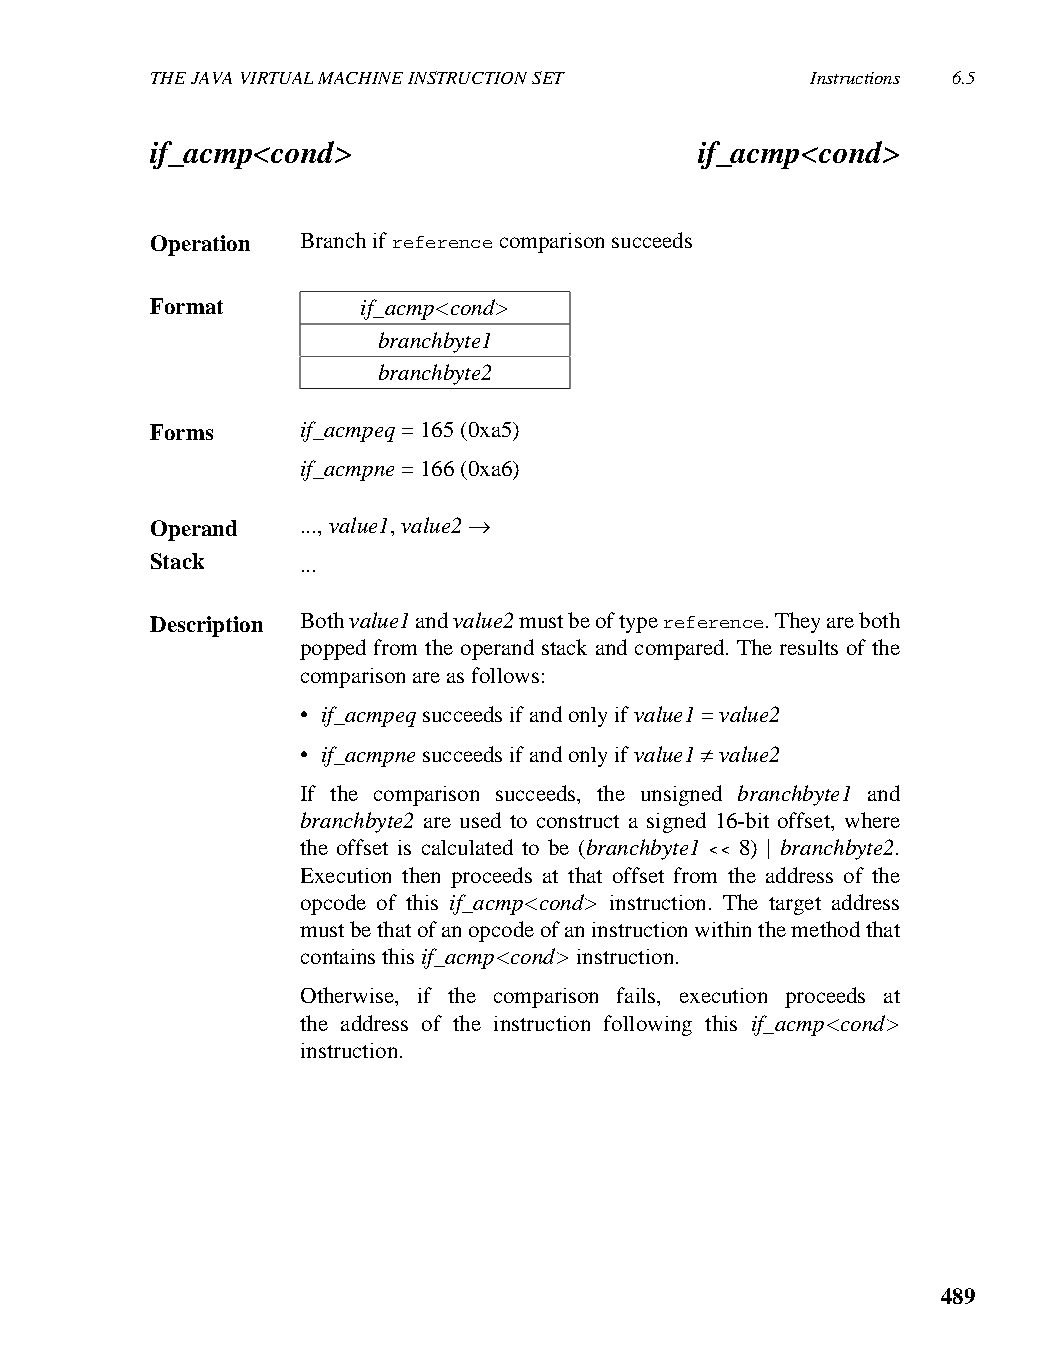
THE JAVA VIRTUAL MACHINE INSTRUCTION SET    Instructions 6.5
 if_acmp<cond>                       if_acmp<cond>
 Operation Branch if reference comparison succeeds
 Format        if_acmp<cond>
 branchbyte1
 branchbyte2
 Forms     if_acmpeq = 165 (0xa5)
 if_acmpne = 166 (0xa6)
 Operand   ..., value1, value2 →
 Stack     ...
 Description Both value1 and value2 must be of type reference. They are both
 popped from the operand stack and compared. The results of the
 comparison are as follows:
 • if_acmpeq succeeds if and only if value1 = value2
 • if_acmpne succeeds if and only if value1 ≠ value2
 If the comparison succeeds, the unsigned branchbyte1 and
 branchbyte2 are used to construct a signed 16-bit offset, where
 the offset is calculated to be (branchbyte1 << 8) | branchbyte2.
 Execution then proceeds at that offset from the address of the
 opcode of this if_acmp<cond> instruction. The target address
 must be that of an opcode of an instruction within the method that
 contains this if_acmp<cond> instruction.
 Otherwise, if the comparison fails, execution proceeds at
 the address of the instruction following this if_acmp<cond>
 instruction.
 489